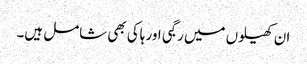
ان کھیلوں میں رگبی اور ہاکی بھی شامل ہیں۔